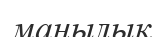
маңылық